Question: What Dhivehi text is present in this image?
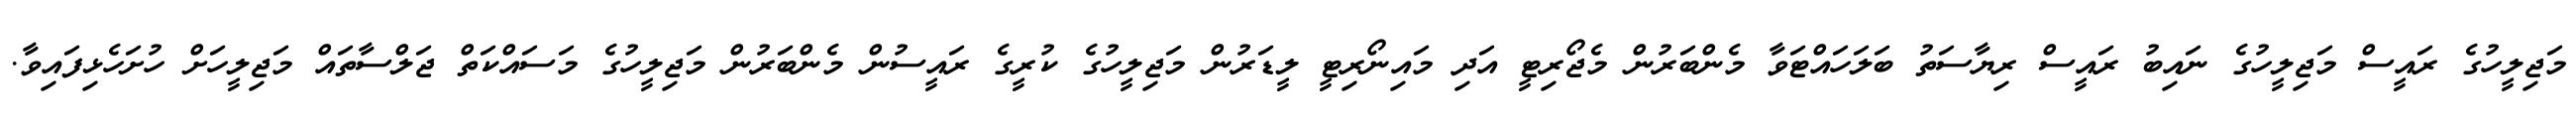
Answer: މަޖިލީހުގެ ރައީސް މަޖިލީހުގެ ނައިބު ރައީސް ރިޔާސަތު ބަލަހައްޓަވާ މެންބަރުން މެޖޯރިޓީ އަދި މައިނޯރިޓީ ލީޑަރުން މަޖިލީހުގެ ކުރީގެ ރައީސުން މެންބަރުން މަޖިލީހުގެ މަސައްކަތް ޖަލްސާތައް މަޖިލީހަށް ހުށަހެޅިފައިވާ.